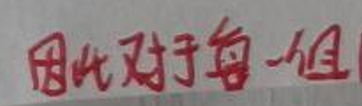
因此对于每一组